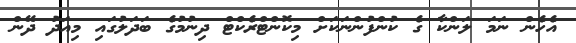
އެހެން ނަމަ ލަންކާ ގެ ކުންފުންނަކަށް މިކޮންޓްރެކްޓް ދިނުމުގެ ބަދަލުގައި މިއަދު ދޭން